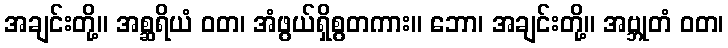
အချင်းတို့။ အစ္ဆရိယံ ဝတ၊ အံဖွယ်ရှိစွတကား။ ဘော၊ အချင်းတို့။ အဗ္ဘုတံ ဝတ၊